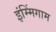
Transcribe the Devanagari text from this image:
इंम्मिंगाम